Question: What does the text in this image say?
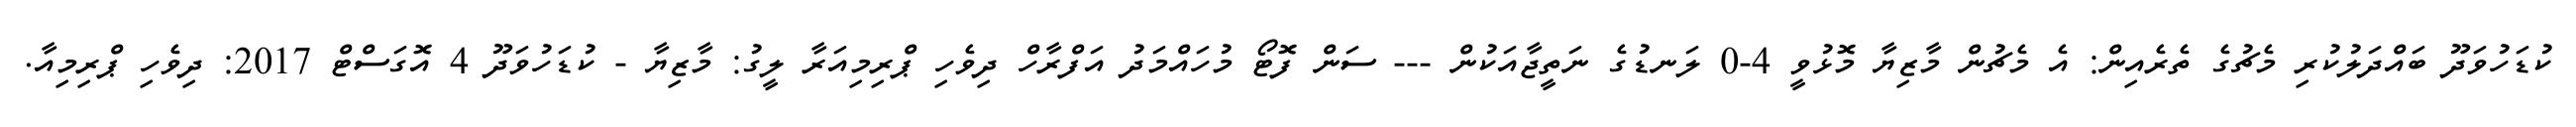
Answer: ކުޑަހުވަދޫ ބައްދަލުކުރި މެޗުގެ ތެރެއިން: އެ މެޗުން މާޒިޔާ މޮޅުވީ 4-0 ލަނޑުގެ ނަތީޖާއަކުން --- ސަން ފޮޓޯ މުހައްމަދު އަފްރާހް ދިވެހި ޕްރިމިއަރާ ލީގު: މާޒިޔާ - ކުޑަހުވަދޫ 4 އޮގަސްޓް 2017: ދިވެހި ޕްރިމިއާ.